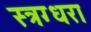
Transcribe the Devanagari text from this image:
स्त्रग्धरा